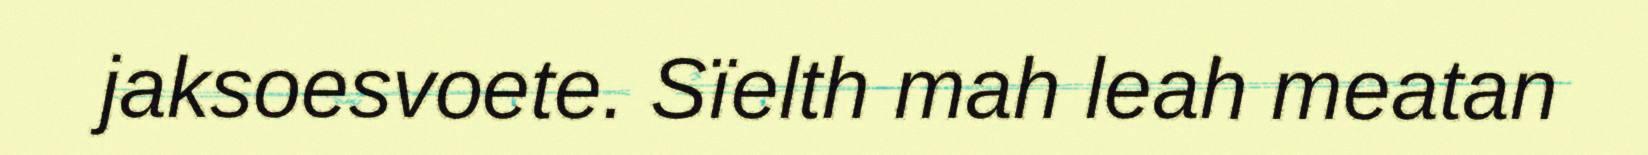
jaksoesvoete. Sïelth mah leah meatan